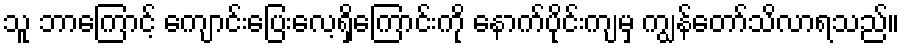
သူ ဘာကြောင့် ကျောင်းပြေးလေ့ရှိကြောင်းကို နောက်ပိုင်းကျမှ ကျွန်တော်သိလာရသည်။